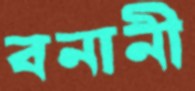
বনানী